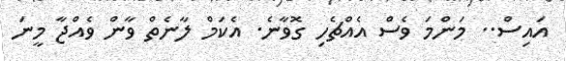
އައިސް.. މަންމަ ވެސް އެއްޗެހި ގޮވާނެ. އެކަމް ލާނެތް ވާން ވެއްޖާ މީނަ